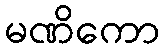
မဏိကော